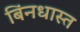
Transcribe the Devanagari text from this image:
बिंनधास्त